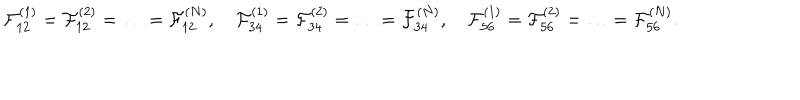
\mathcal { F } _ { 1 2 } ^ { ( 1 ) } = \mathcal { F } _ { 1 2 } ^ { ( 2 ) } = \ldots = \mathcal { F } _ { 1 2 } ^ { ( N ) } , \quad \mathcal { F } _ { 3 4 } ^ { ( 1 ) } = \mathcal { F } _ { 3 4 } ^ { ( 2 ) } = \ldots = \mathcal { F } _ { 3 4 } ^ { ( N ) } , \quad \mathcal { F } _ { 5 6 } ^ { ( 1 ) } = \mathcal { F } _ { 5 6 } ^ { ( 2 ) } = \ldots = \mathcal { F } _ { 5 6 } ^ { ( N ) } .